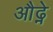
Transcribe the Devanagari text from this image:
औढ्ने